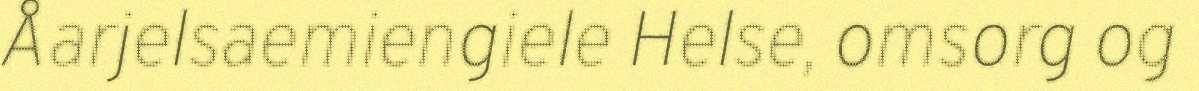
Åarjelsaemiengiele Helse, omsorg og